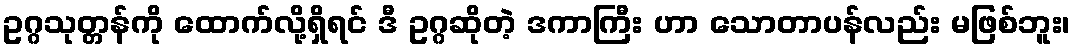
ဥဂ္ဂသုတ္တန်ကို ထောက်လို့ရှိရင် ဒီ ဥဂ္ဂဆိုတဲ့ ဒကာကြီး ဟာ သောတာပန်လည်း မဖြစ်ဘူး၊